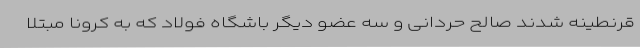
قرنطینه شدند صالح حردانی و سه عضو دیگر باشگاه فولاد که به کرونا مبتلا